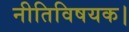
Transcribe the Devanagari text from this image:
नीतिविषयक।